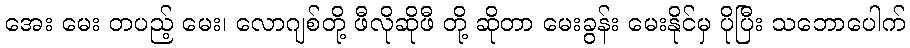
အေး မေး တပည့် မေး၊ လောဂျစ်တို့ ဖီလိုဆိုဖီ တို့ ဆိုတာ မေးခွန်း မေးနိုင်မှ ပိုပြီး သဘောပေါက်